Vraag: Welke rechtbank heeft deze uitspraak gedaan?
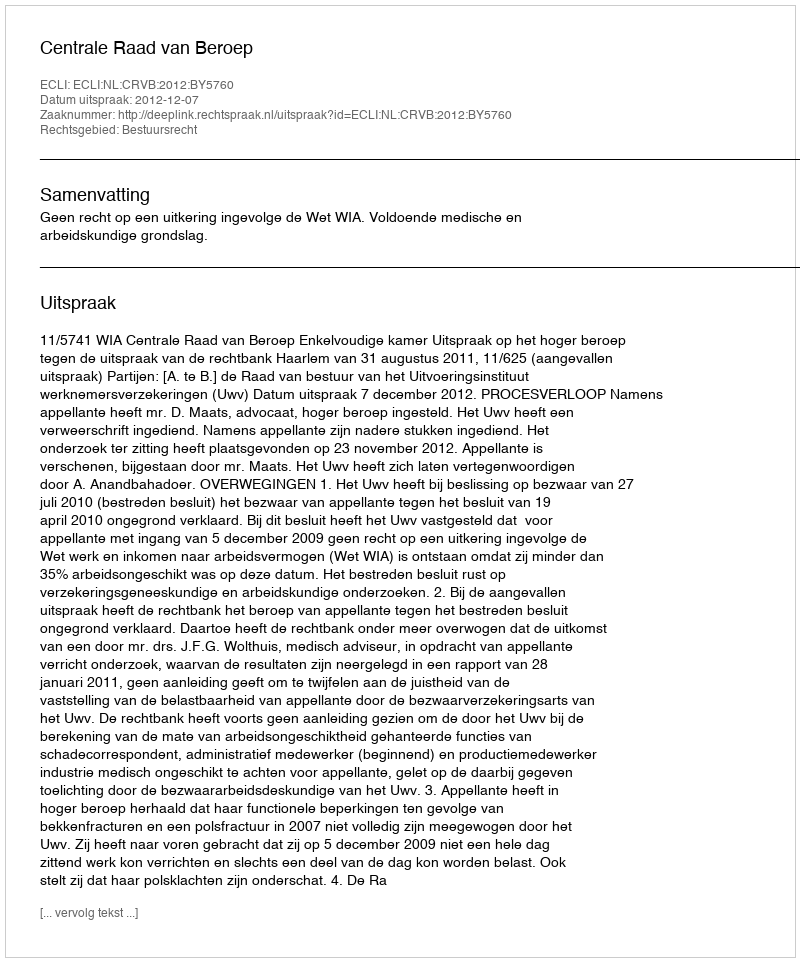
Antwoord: Centrale Raad van Beroep